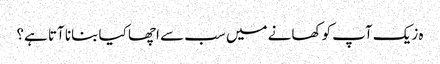
ہ زیک آپ کو کھانے میں سب سے اچھا کیا بنانا آتا ہے؟